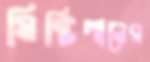
মিষ্টিপানের